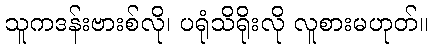
သူကဒန်းဗားစ်လို၊ ပရုံသိရိုးလို လူစားမဟုတ်။